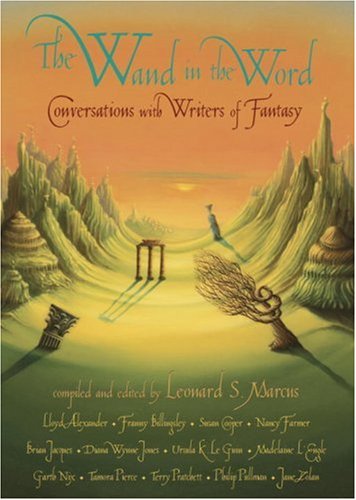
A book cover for The Wand in the Word: Conversations with Writers of Fantasy; Science Fiction & Fantasy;